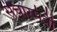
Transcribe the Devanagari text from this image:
संचारमंत्री